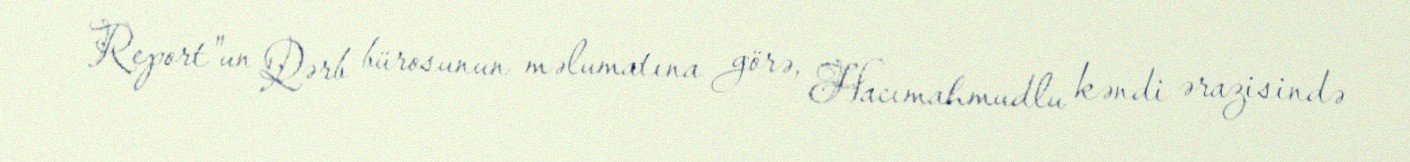
Report"un Qərb bürosunun məlumatına görə, Hacımahmudlu kəndi ərazisində